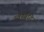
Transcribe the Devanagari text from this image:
उर्वरबुद्धि